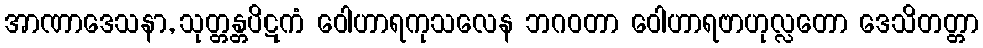
အာဏာဒေသနာ, သုတ္တန္တပိဋကံ ဝေါဟာရကုသလေန ဘဂဝတာ ဝေါဟာရဗာဟုလ္လတော ဒေသိတတ္တာ